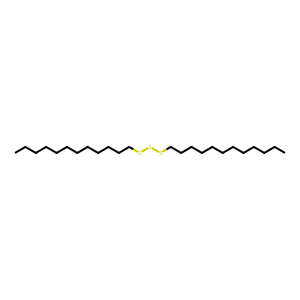
SMILES: CCCCCCCCCCCCSSSCCCCCCCCCCCC
Inhibits HIV replication: No